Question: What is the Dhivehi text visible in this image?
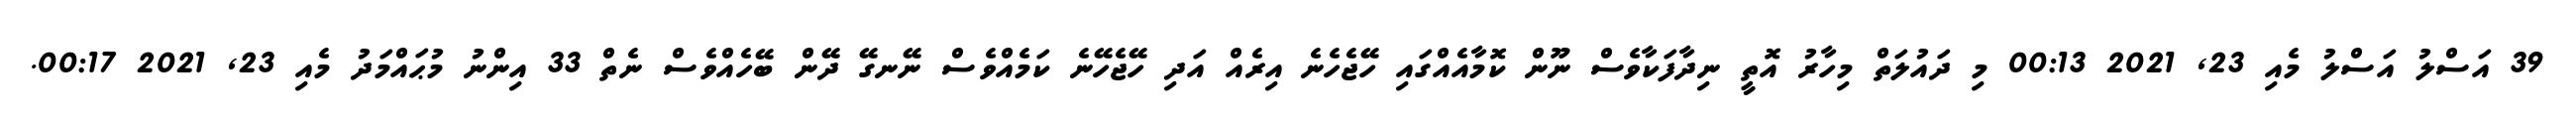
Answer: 39 އަސްލު އަސްލު މެއި 23, 2021 00:13 މި ދައުލަތް މިހާރު އޮތީ ނިދާފަކާވެސް ނޫން ކޮމާއެއްގައި ހޭޖެހެނެ އިރެއް އަދި ހޭޖެހޭނެ ކަމެއްވެސް ނޭނގޭ ދޭން ބޭހެއްވެސް ނެތް 33 އިންނު މުޙައްމަދު މެއި 23, 2021 00:17.